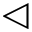
\triangleleft